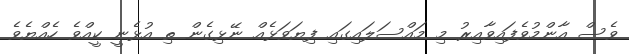
ވެސް އާންމުވެފައިވާއިރު މި މައްސަލައިގައި ފިޔަވަޅެއް ނޭޅިގެން ތި އުޅެނީ ކީއްވެ ހެއްޔެވެ